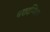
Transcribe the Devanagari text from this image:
वरादम्बिका